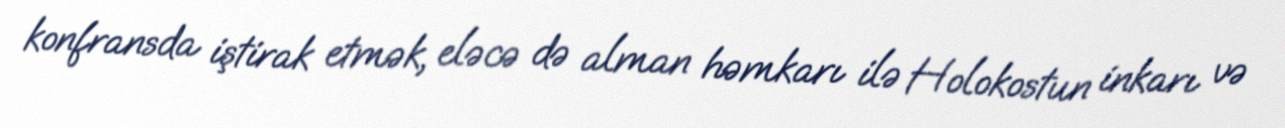
konfransda iştirak etmək, eləcə də alman həmkarı ilə Holokostun inkarı və